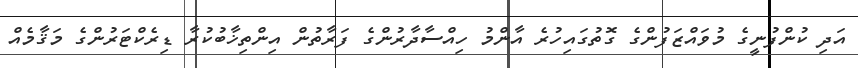
އަދި ކުންފުނީގެ މުވައްޒަފުންގެ ގޮތުގައިހުރެ އާންމު ހިއްސާދާރުންގެ ފަރާތުން އިންތިޚާބުކުރާ ޑިރެކްޓަރުންގެ މަޤާމެއް